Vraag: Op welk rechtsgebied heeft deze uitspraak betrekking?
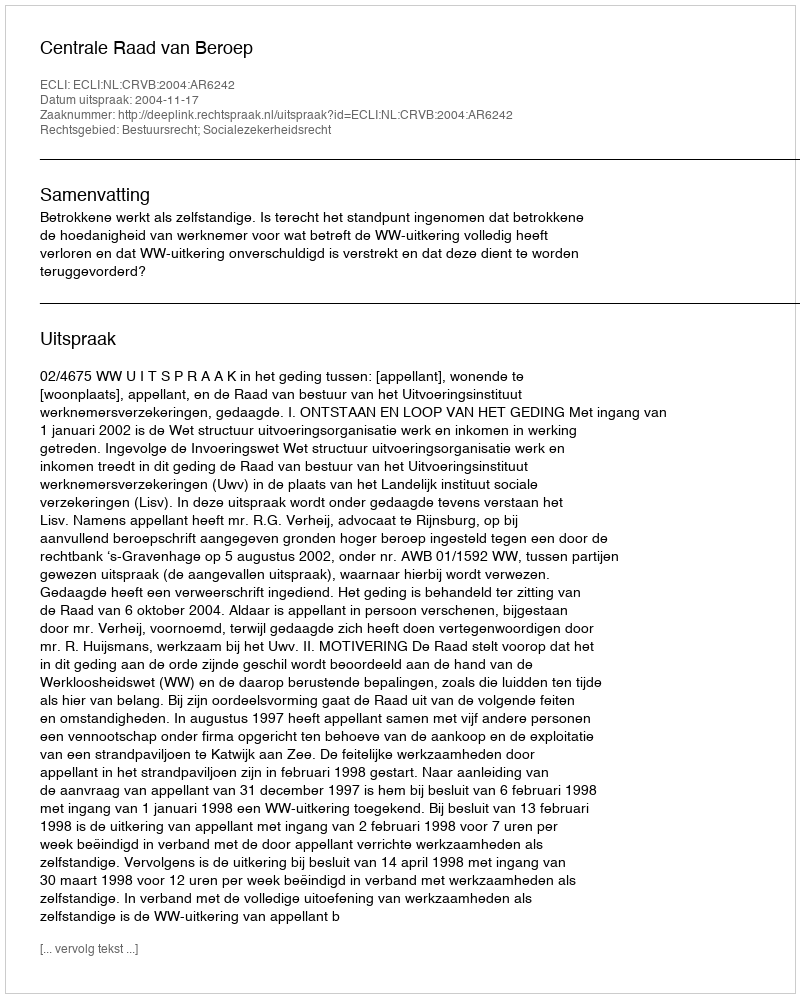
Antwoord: Bestuursrecht; Socialezekerheidsrecht